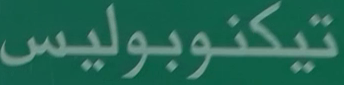
تيكنوبوليس